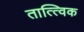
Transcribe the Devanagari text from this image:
तात्‍त्‍विक